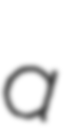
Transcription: a